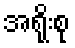
အရိုးစု